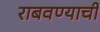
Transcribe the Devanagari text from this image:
राबवण्याची